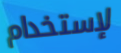
لإستخدام